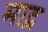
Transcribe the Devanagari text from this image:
माद्र